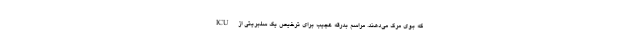
که بوی مرگ می‌دهند. مراسم بدرقه عجیب برای ترخیص یک سلبریتی از ICU